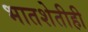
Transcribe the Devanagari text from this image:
भातशेतीही